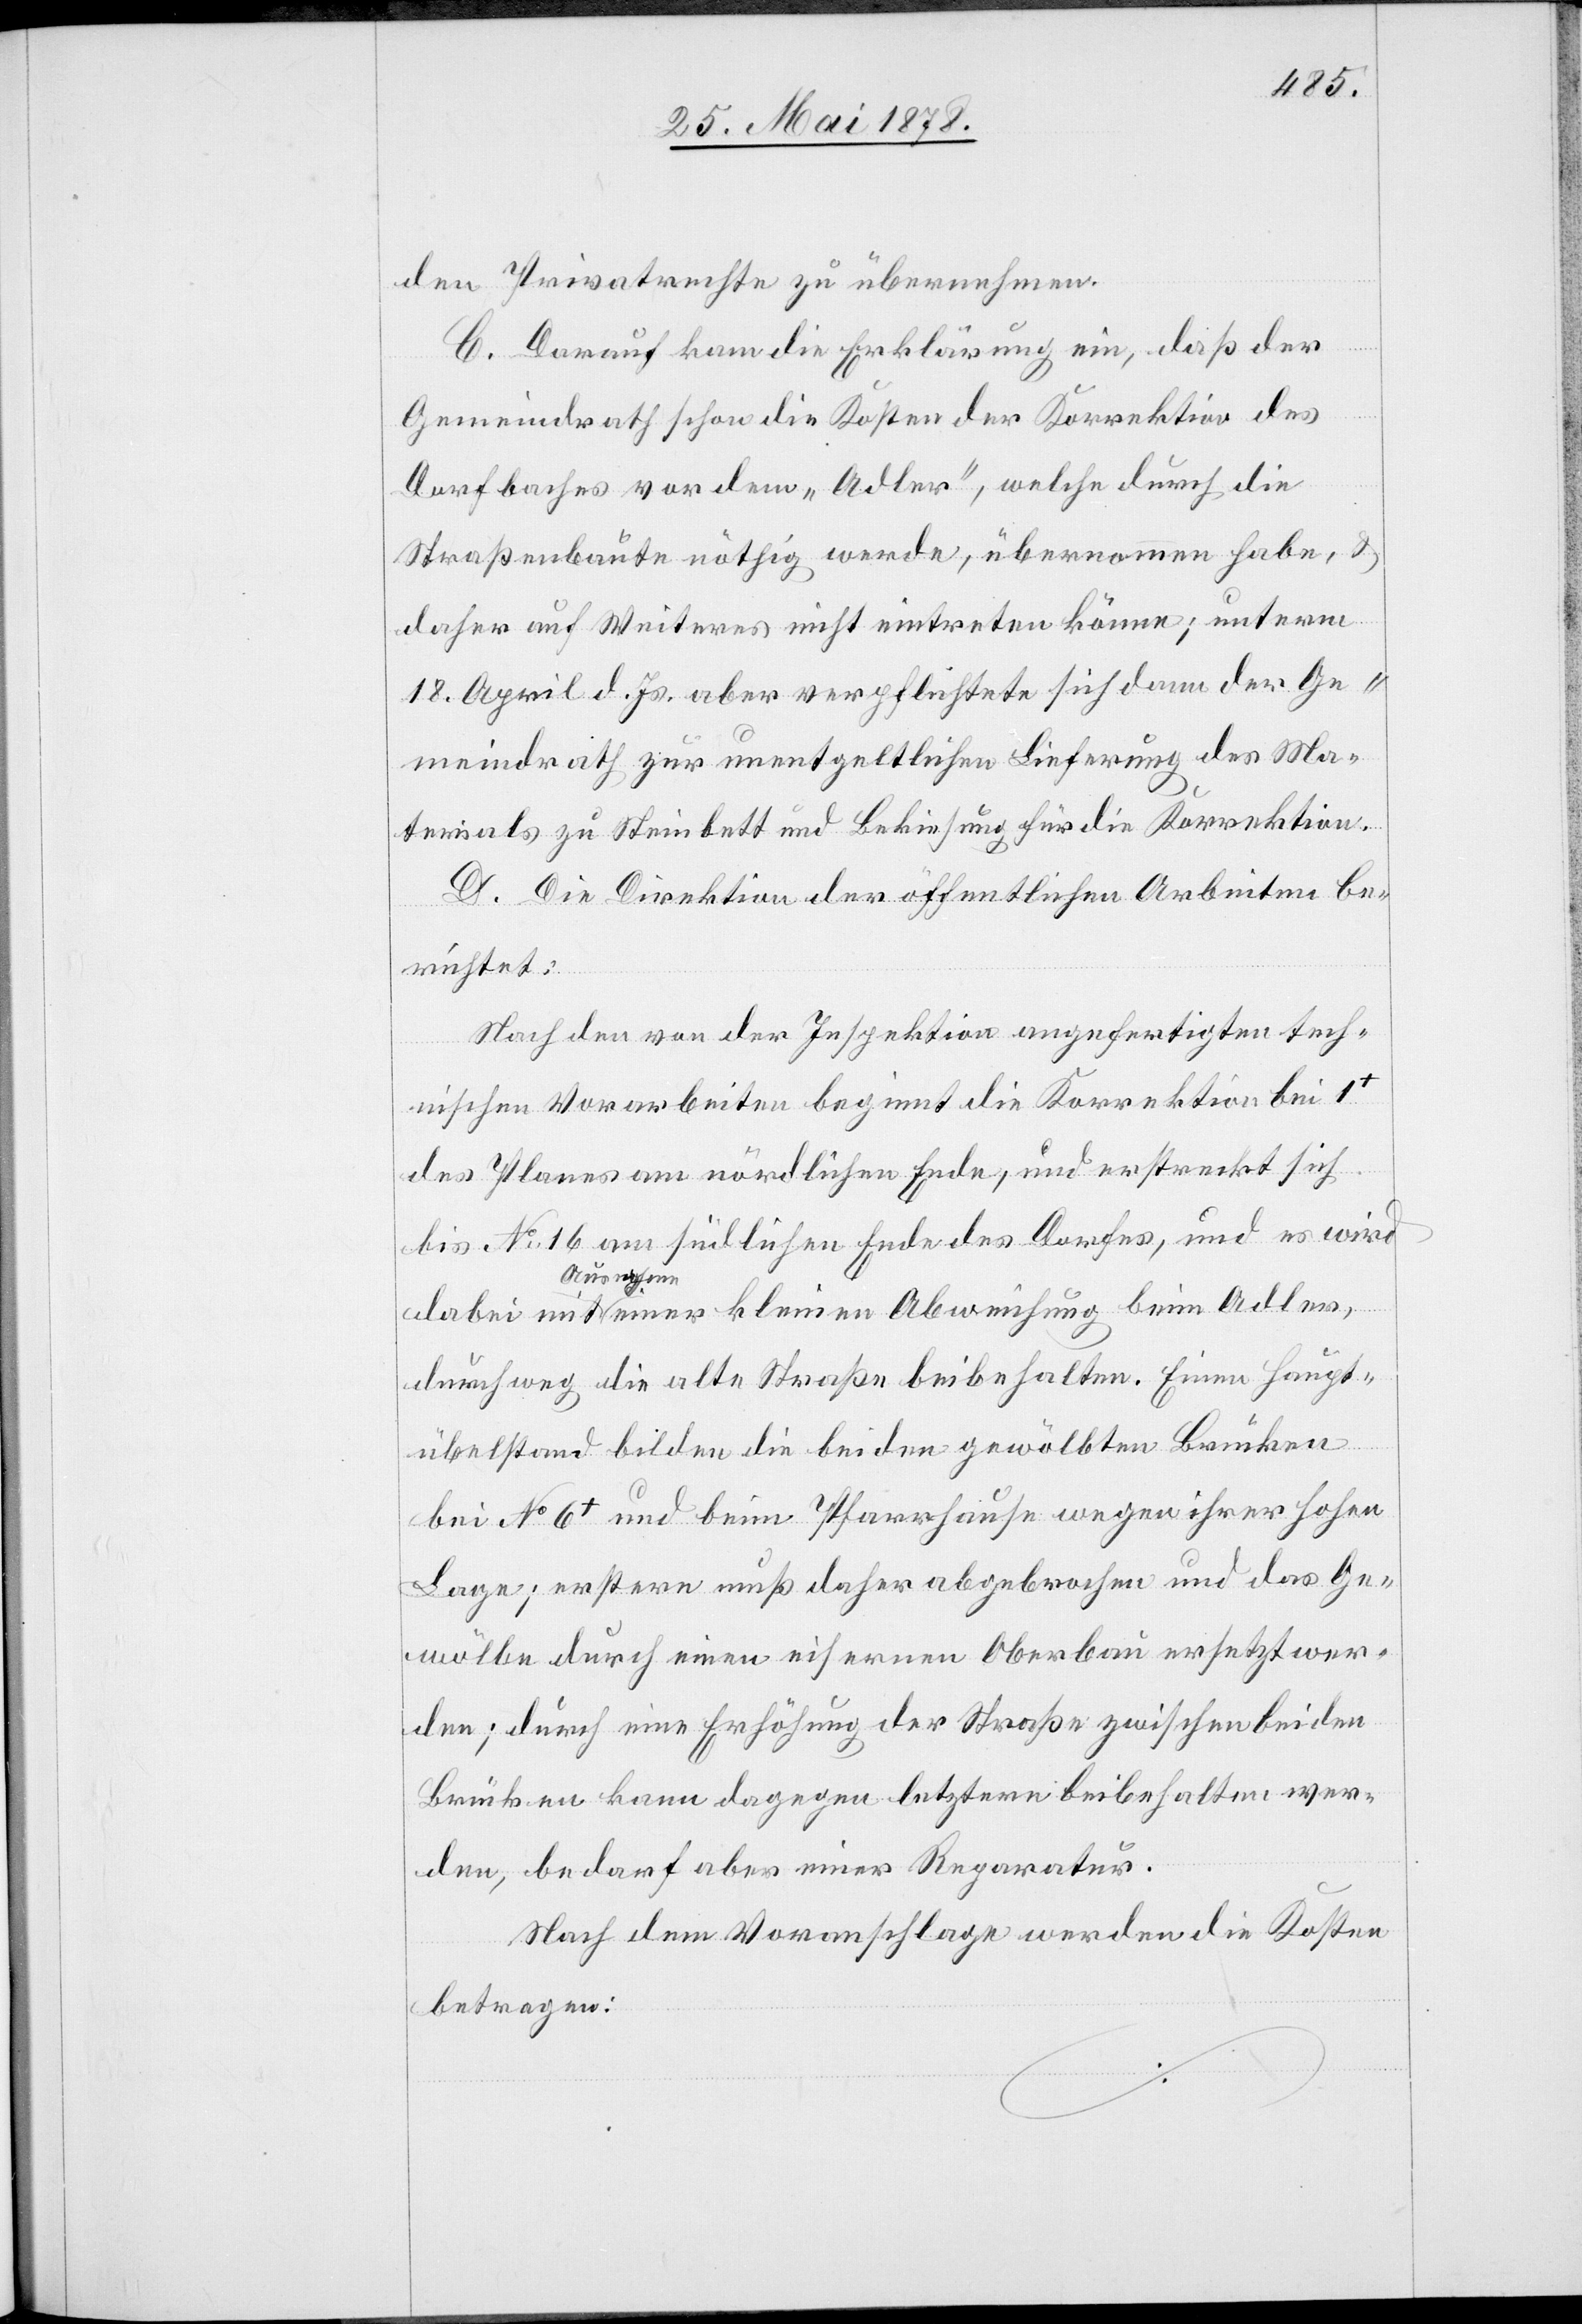
den Privatrechte zu übernehmen.
C. Darauf kam die Erklärung ein, daß der
Gemeindrath schon die Kosten der Korrektion des
Dorfbaches vor dem „Adler“, welche durch die
Straßenbaute nöthig werde, übernommen habe, &
daher auf Weiteres nicht eintreten könne; unterm
18. April d. Js. aber verpflichtete sich dann der Ge¬
meindrath zur unentgeltlichen Lieferung des Ma¬
terials zu Steinbett und Bekiesung für die Korrektion.
D. Die Direktion der öffentlichen Arbeiten be¬
richtet:
Nach den von der Inspektion angefertigten tech¬
nischen Vorarbeiten beginnt die Korrektion bei 1+
des Planes am nördlichen Ende, und erstreckt sich
bis No 16 am südlichen Ende des Dorfes, und es wird
dabei mit Ausnahme einer kleinen Abweichung beim Adler,
durchweg die alte Straße beibehalten. Eine Haupt¬
übelstand bilden die beiden gewölbten Brücken
bei No 6+ und beim Pfarrhause wegen ihrer hohen
Lage; erstere muß daher abgebrochen und das Ge¬
wölbe durch einen eisernen Oberbau ersetzt wer¬
den; durch eine Erhöhung der Straße zwischen beiden
Brücken kann dagegen letztere beibehalten wer¬
den, bedarf aber einer Reparatur.
Nach dem Voranschlage werden die Kosten
betragen: